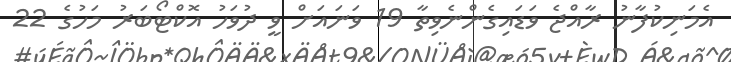
އެމަނިކުފާނު ރާއްޖެ ވަޑައިގެންނެވިތާ 19 ވަނައަށް ވީ ދުވަހު އޮކްޓޯބަރު މަހުގެ 22